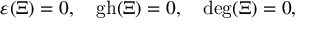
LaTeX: \varepsilon ( \Xi ) = 0 , \quad \mathrm { g h } ( \Xi ) = 0 , \quad \mathrm { d e g } ( \Xi ) = 0 ,